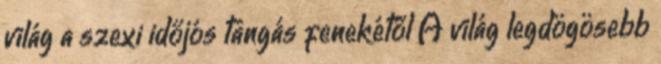
világ a szexi időjós tangás fenekétől A világ leg­dö­gö­sebb